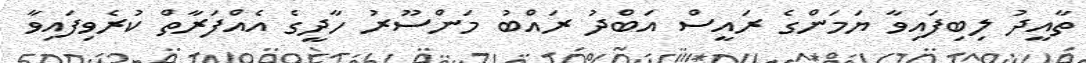
ތާއީދު ލިބިފައިވާ ޔަމަންގެ ރައީސް އަބްދު ރައްބު މަންސޫރު ހާދީގެ އެއްފަރާތް ކުރެވިފައިވާ